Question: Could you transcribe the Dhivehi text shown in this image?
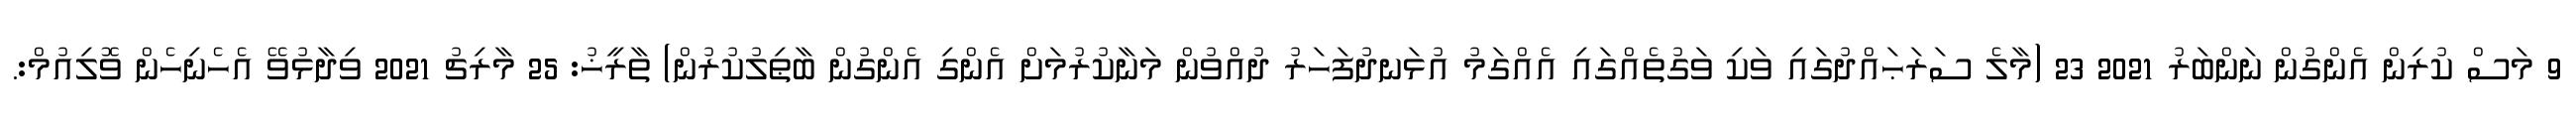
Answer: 9 މަސް ކުރިން އެންގުން ނަންބަރު 2021 23 (މާލެ ސަރަޙައްދުގައި ވަކި ވަގުތެއްގައި އެއްގަމު އުޅަނދުފަހަރު ދުއްވުން މަނާކުރުމަށް އެންގި އެންގުން ބާޠިލުކުރުން) ތާރީޚު: 25 މާރިޗު 2021 ވިދާޅުވޭ އެހެނިހެން ވޮލިއުމް:.